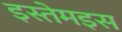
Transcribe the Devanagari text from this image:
इस्तेमइस